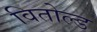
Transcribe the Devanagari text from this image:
वितोल्ड